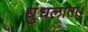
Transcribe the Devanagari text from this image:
धुंधलाता।